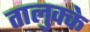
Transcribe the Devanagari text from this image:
तालुक्के